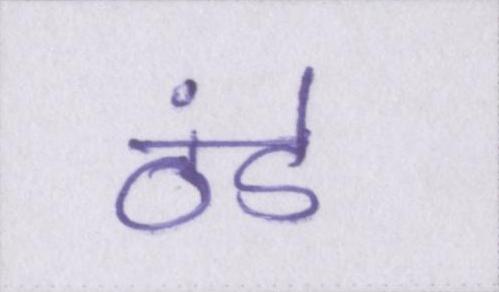
ठंडे